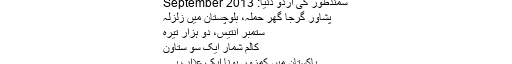
سمندطور کی اردو دنیا: September 2013
پشاور گرجا گھر حملہ، بلوچستان میں زلزلہ
ستمبر انتیس، دو ہزار تیرہ
کالم شمار ایک سو ستاون
پاکستان میں کمزور ہونا ایک عذاب ہے۔